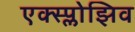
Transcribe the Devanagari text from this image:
एक्स्प्लोझिव